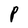
Character: P